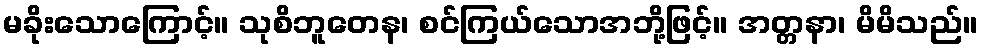
မခိုးသောကြောင့်။ သုစိဘူတေန၊ စင်ကြယ်သောအဘို့ဖြင့်။ အတ္တနာ၊ မိမိသည်။